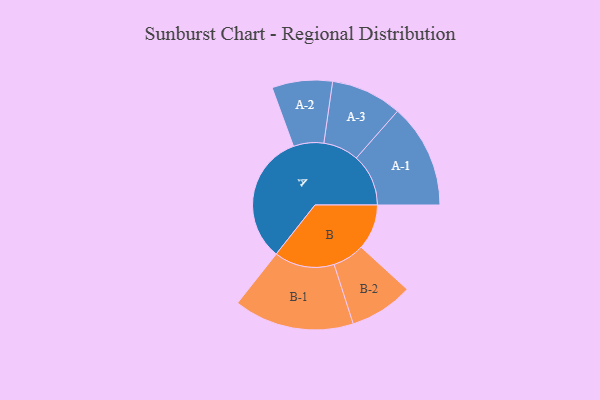
{"axis": {"x": "Segment", "y": "Value"}, "legend": ["", "A", "B"], "data": [{"x": "A", "y": 487, "type": ""}, {"x": "B", "y": 170, "type": ""}, {"x": "A-1", "y": 195, "type": "A"}, {"x": "A-2", "y": 113, "type": "A"}, {"x": "A-3", "y": 133, "type": "A"}, {"x": "B-1", "y": 225, "type": "B"}, {"x": "B-2", "y": 119, "type": "B"}]}